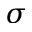
\sigma